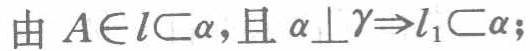
由 \(A\in l\subset \alpha\)，且 \(\alpha\perp\gamma\Rightarrow l_{1}\subset \alpha\)；